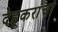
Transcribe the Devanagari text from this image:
देहूकरांचा